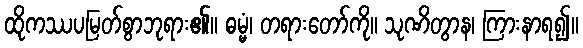
ထိုကဿပမြတ်စွာဘုရား၏။ ဓမ္မံ၊ တရားတော်ကို။ သုဏိတွာန၊ ကြားနာရ၍။